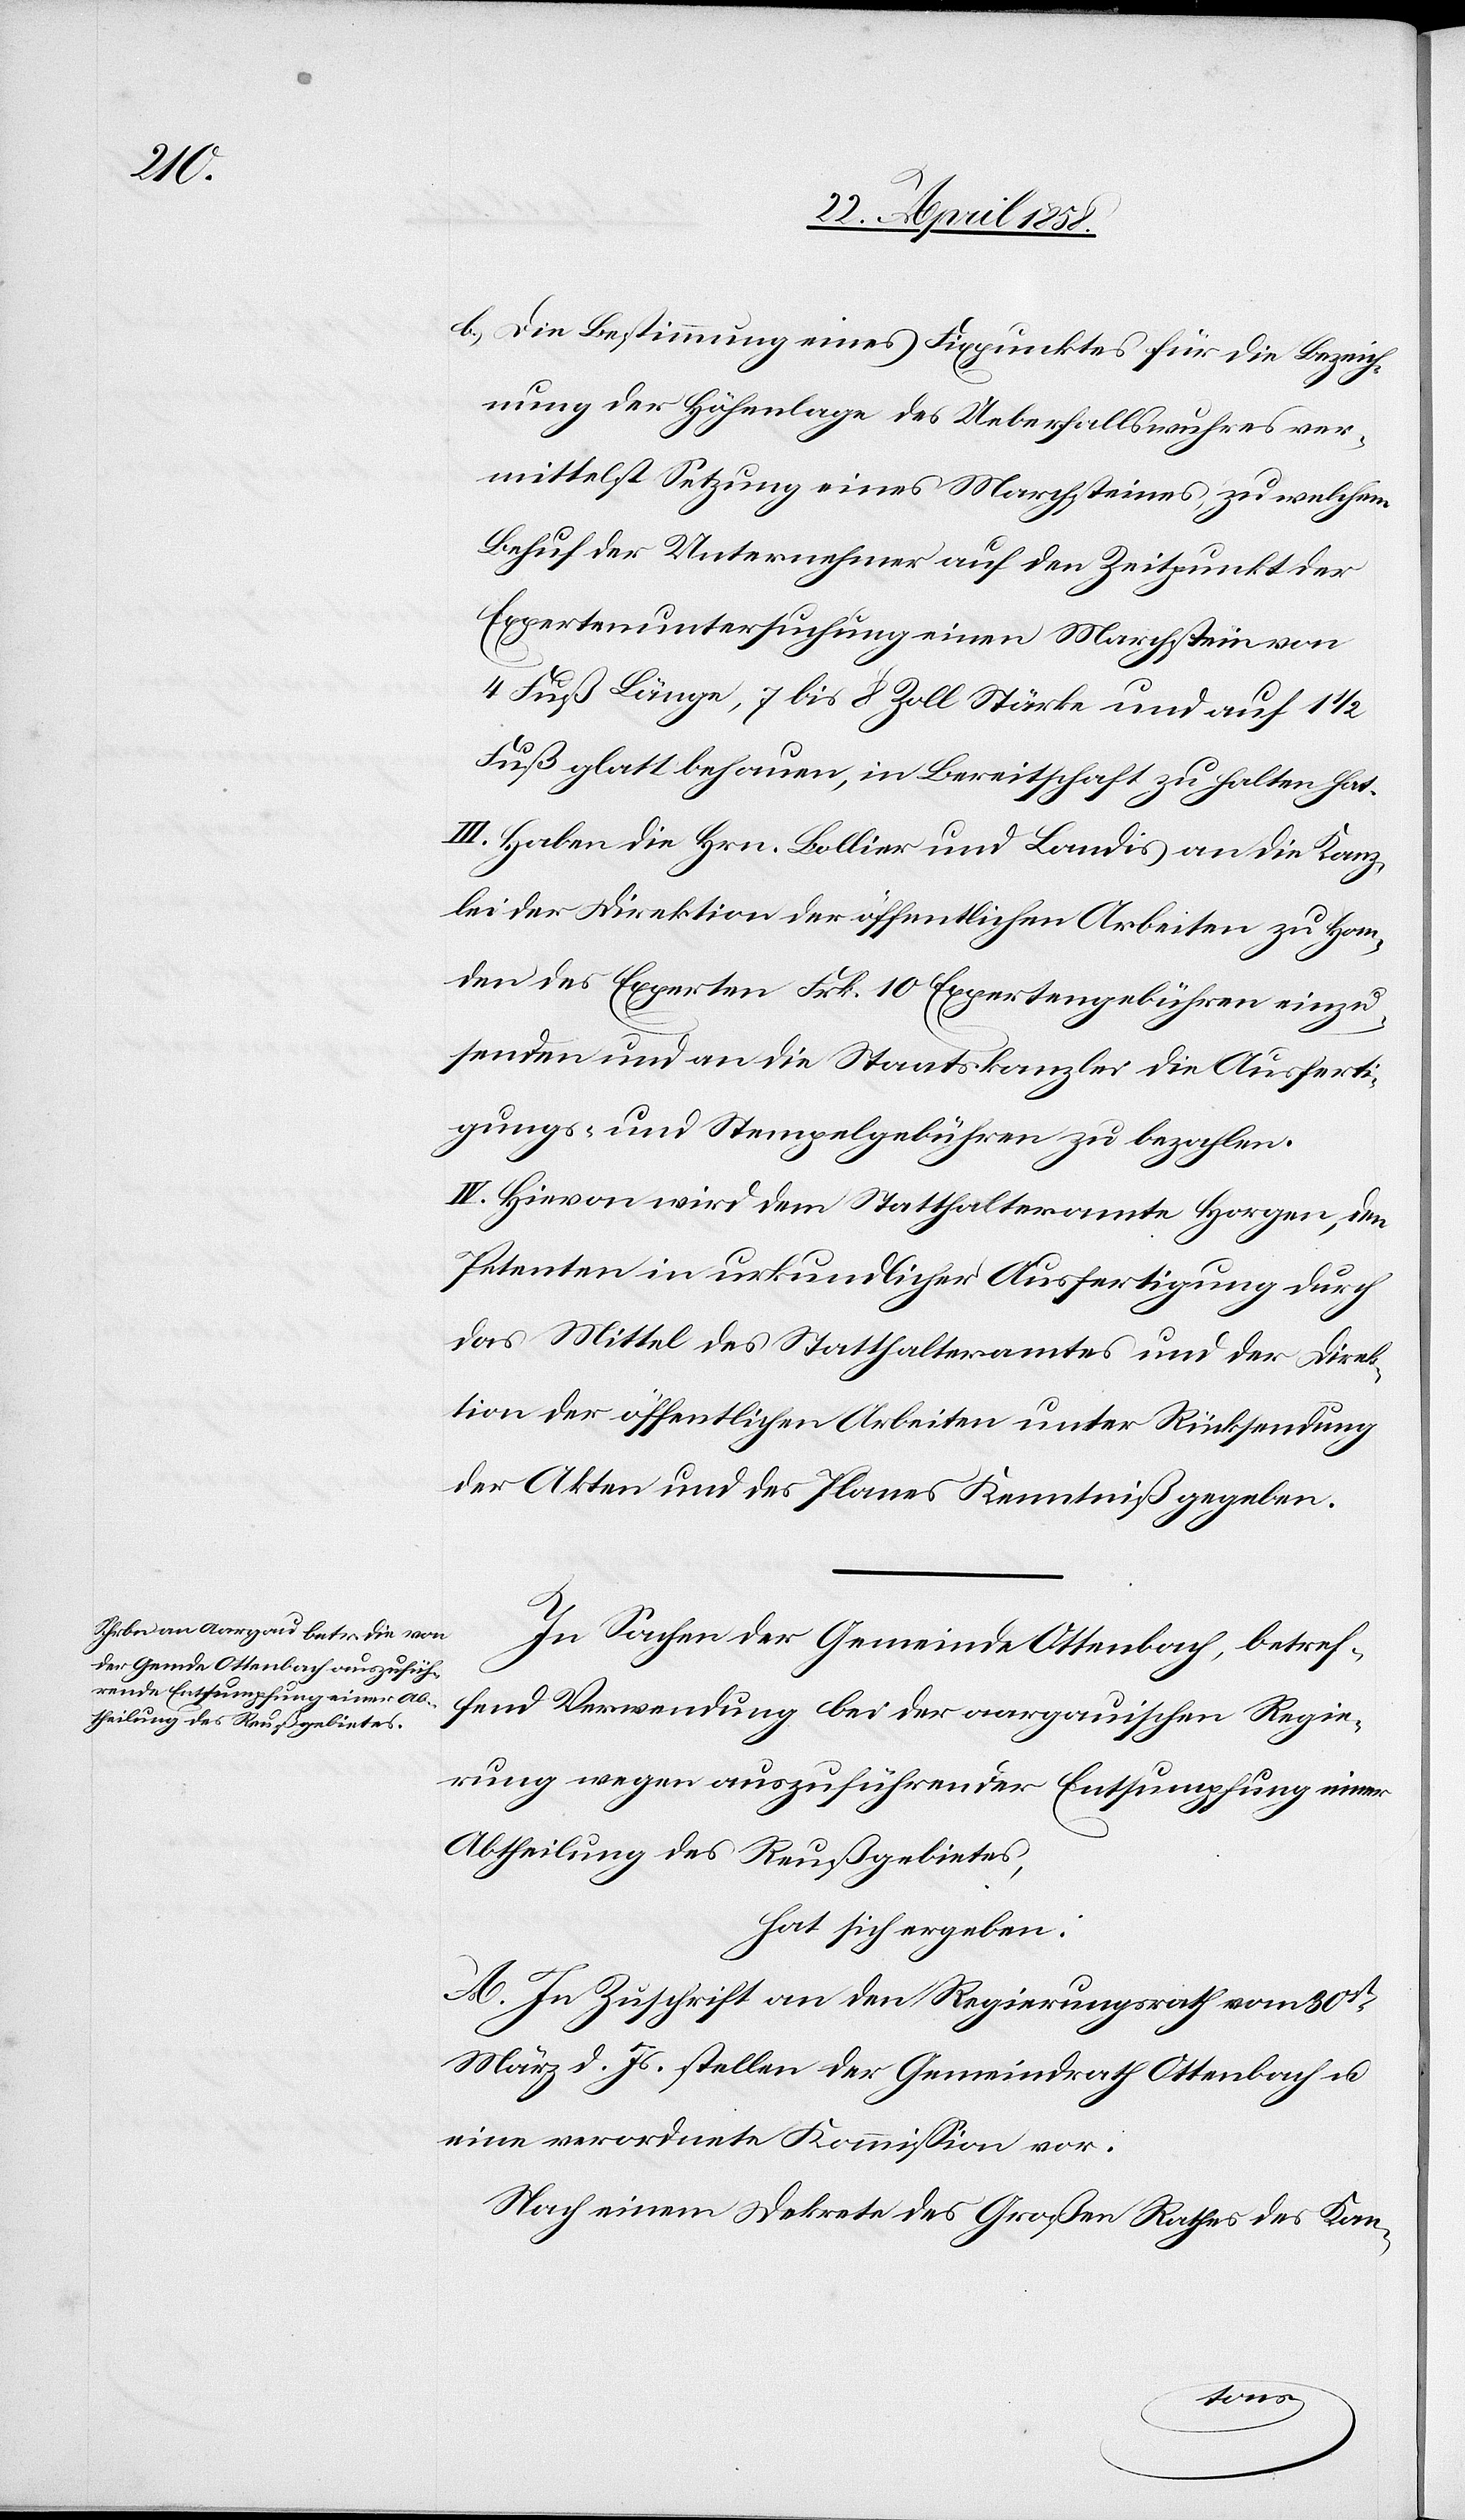
b.) Die Bestimmung eines Fixpunktes für die Bezeich¬
nung der Höhenlage des Ueberfallswurhes ver¬
mittelst Setzung eines Marchsteines, zu welchem
Behuf der Unternehmer auf den Zeitpunkt der
Expertenuntersuchung einen Marchstein von
Fuß glatt behauen, in Bereitschaft zu halten hat.
III. Haben die Hrn. Bollier und Landis an die Kanz¬
lei der Direktion der öffentlichen Arbeiten zu Han¬
den des Experten Frk. 10 Expertengebühren einzu¬
senden und an die Staatskanzlei die Ausferti¬
gungs- und Stempelgebühren zu bezahlen.
IV. Hievon wird dem Statthalteramte Horgen, den
Petenten in urkundlicher Ausfertigung durch
das Mittel des Statthalteramtes und der Direk¬
tion der öffentlichen Arbeiten unter Rücksendung
der Akten und des Planes Kenntniß gegeben.
In Sachen der Gemeinde Ottenbach, betref¬
fend Verwendung bei der aargauischen Regie¬
rung wegen auszuführender Entsumpfung einer
Abtheilung des Reußgebietes,
hat sich ergeben:
A. In Zuschrift an den Regierungsrath vom 30st
März d. Js. stellen der Gemeindrath Ottenbach u.
eine verordnete Kommission vor.
Nach einem Dekrete des Großen Rathes des Kan-